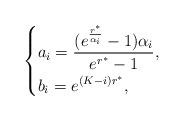
LaTeX: \begin{align*}\left\{\begin{aligned}&a_i=\frac{(e^{\frac{r^*}{\alpha_i}}-1)\alpha_i}{e^{r^*}-1},\\&b_i=e^{(K-i)r^*},\end{aligned}\right. \end{align*}